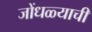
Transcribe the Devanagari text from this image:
जोंधळ्याची